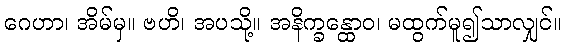
ဂေဟာ၊ အိမ်မှ။ ဗဟိ၊ အပသို့။ အနိက္ခန္ထောဝ၊ မထွက်မူ၍သာလျှင်။